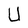
Character: U